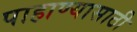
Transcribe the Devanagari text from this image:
पाहाण्यासाठी